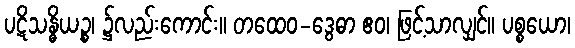
ပဋိသန္ဓိယဉ္စ၊ ၌လည်းကောင်း။ တထေဝ-ဒွေဓာ ဧဝ၊ ဖြင့်သာလျှင်။ ပစ္စယော၊